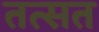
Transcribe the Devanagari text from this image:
तत्सत